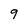
Character: 9